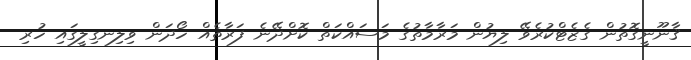
ޤާނޫނީގޮތުން ގެޒެޓްކުރެވޭ ލިޔުން މަރާމާތުގެ މަސައްކަތް ކޮށްދޭނެ ފަރާތެއް ހޯދަން ވިލިނގިލީގައި ހުރި